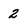
Character: 2